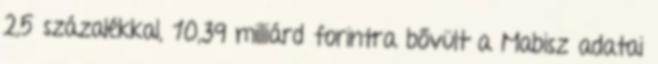
2,5 százalékkal, 10,39 milliárd forintra bővült a Mabisz adatai